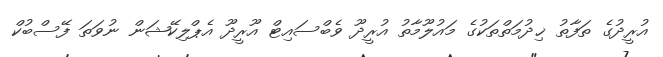
އުރީދުގެ ތަފާތު ޚިދުމަތްތަކުގެ މައުލޫމާތު އުރީދޫ ވެބްސައިޓް އޫރީދޫ އެޕްލިކޭޝަން ނުވަތަ ފޭސްބުކް